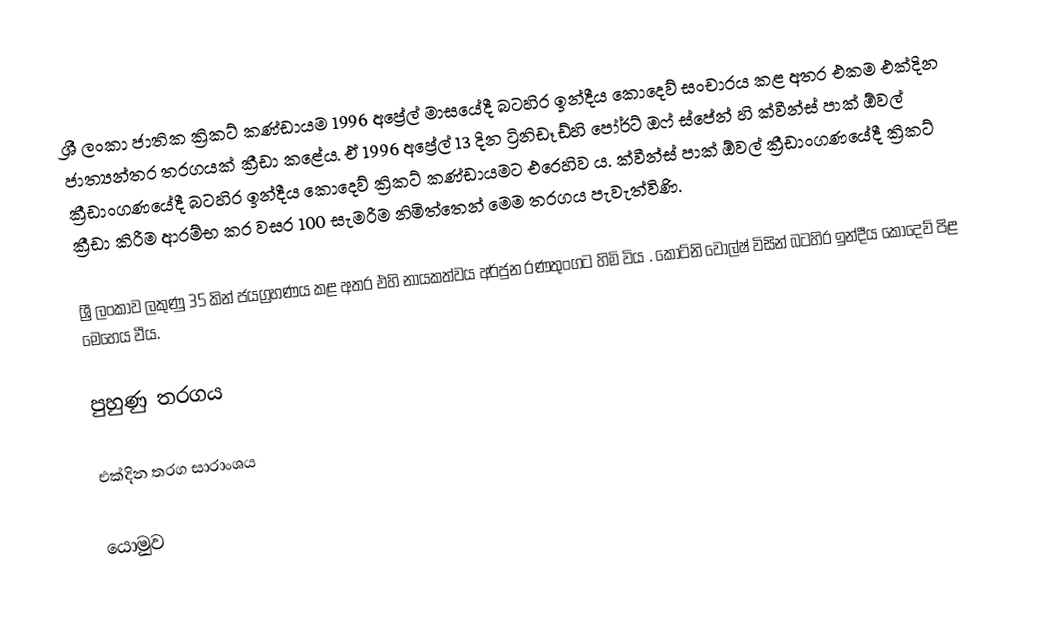
ශ්‍රී ලංකා ජාතික ක්‍රිකට් කණ්ඩායම 1996 අප්‍රේල් මාසයේදී බටහිර ඉන්දීය කොදෙව් සංචාරය කළ අතර එකම එක්දින ජාත්‍යන්තර තරගයක් ක්‍රීඩා කළේය. ඒ 1996 අප්‍රේල් 13 දින ට්‍රිනිඩෑඩ්හි පෝර්ට් ඔෆ් ස්පේන් හි ක්වීන්ස් පාක් ඕවල් ක්‍රීඩාංගණයේදී බටහිර ඉන්දීය කොදෙව් ක්‍රිකට් කණ්ඩායමට එරෙහිව ය. ක්වීන්ස් පාක් ඕවල් ක්‍රීඩාංගණයේදී ක්‍රිකට් ක්‍රීඩා කිරීම ආරම්භ කර වසර 100 සැමරීම නිමිත්තෙන් මෙම තරගය පැවැත්විණි.

ශ්‍රී ලංකාව ලකුණු 35 කින් ජයග්‍රහණය කළ අතර එහි නායකත්වය අර්ජුන රණතුංගට හිමි විය . කෝට්නි වොල්ෂ් විසින් බටහිර ඉන්දීය කොදෙව් පිළ මෙහෙය වීය.

පුහුණු තරගය

එක්දින තරග සාරාංශය

යොමුව